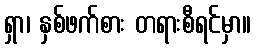
ရှာ၊ နှစ်ဖက်စား တရားစီရင်မှာ။